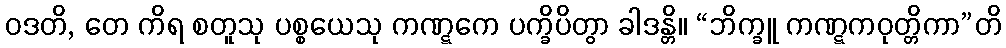
ဝဒတိ, တေ ကိရ စတူသု ပစ္စယေသု ကဏ္ဋကေ ပက္ခိပိတွာ ခါဒန္တိ။ “ဘိက္ခူ ကဏ္ဋကဝုတ္တိကာ”တိ